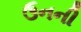
ઉનની